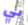
بي